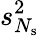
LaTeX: s_{N_{\mathrm{s}}}^{2}